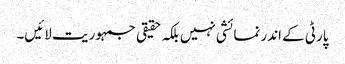
پارٹی کے اندر نمائشی نہیں بلکہ حقیقی جمہوریت لائیں۔